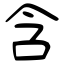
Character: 含